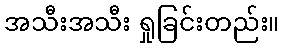
အသီးအသီး ရှုခြင်းတည်း။